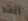
أنت